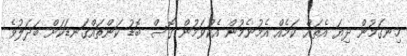
ހިނގަމުން ދިޔަ އެތައް ކަމެއް އެމުނެމުން އެކުވަމުން ގޮސް ބޮޑު ކަންތައްގަނޑަކަށް ބަދަލުވެ